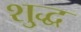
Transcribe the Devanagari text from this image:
शु्द्ध